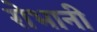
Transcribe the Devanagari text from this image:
रोभानी